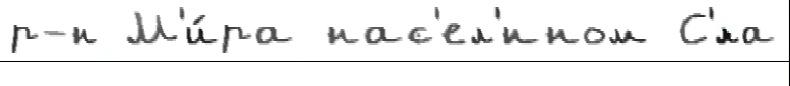
р-н М'и́ра нас'ел'́нном С'́ла